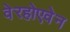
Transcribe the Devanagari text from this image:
वेरहोएवेन